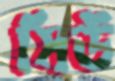
মিউ